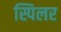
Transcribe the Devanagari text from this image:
स्पिलर